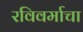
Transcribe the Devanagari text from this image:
रविवर्माचा